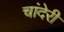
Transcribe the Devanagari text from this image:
चांदेरी